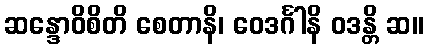
ဆန္ဒောဝိစိတိ စေတာနိ၊ ဝေဒင်္ဂါနိ ဝဒန္တိ ဆ။